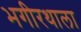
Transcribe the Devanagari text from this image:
भगीरथाला